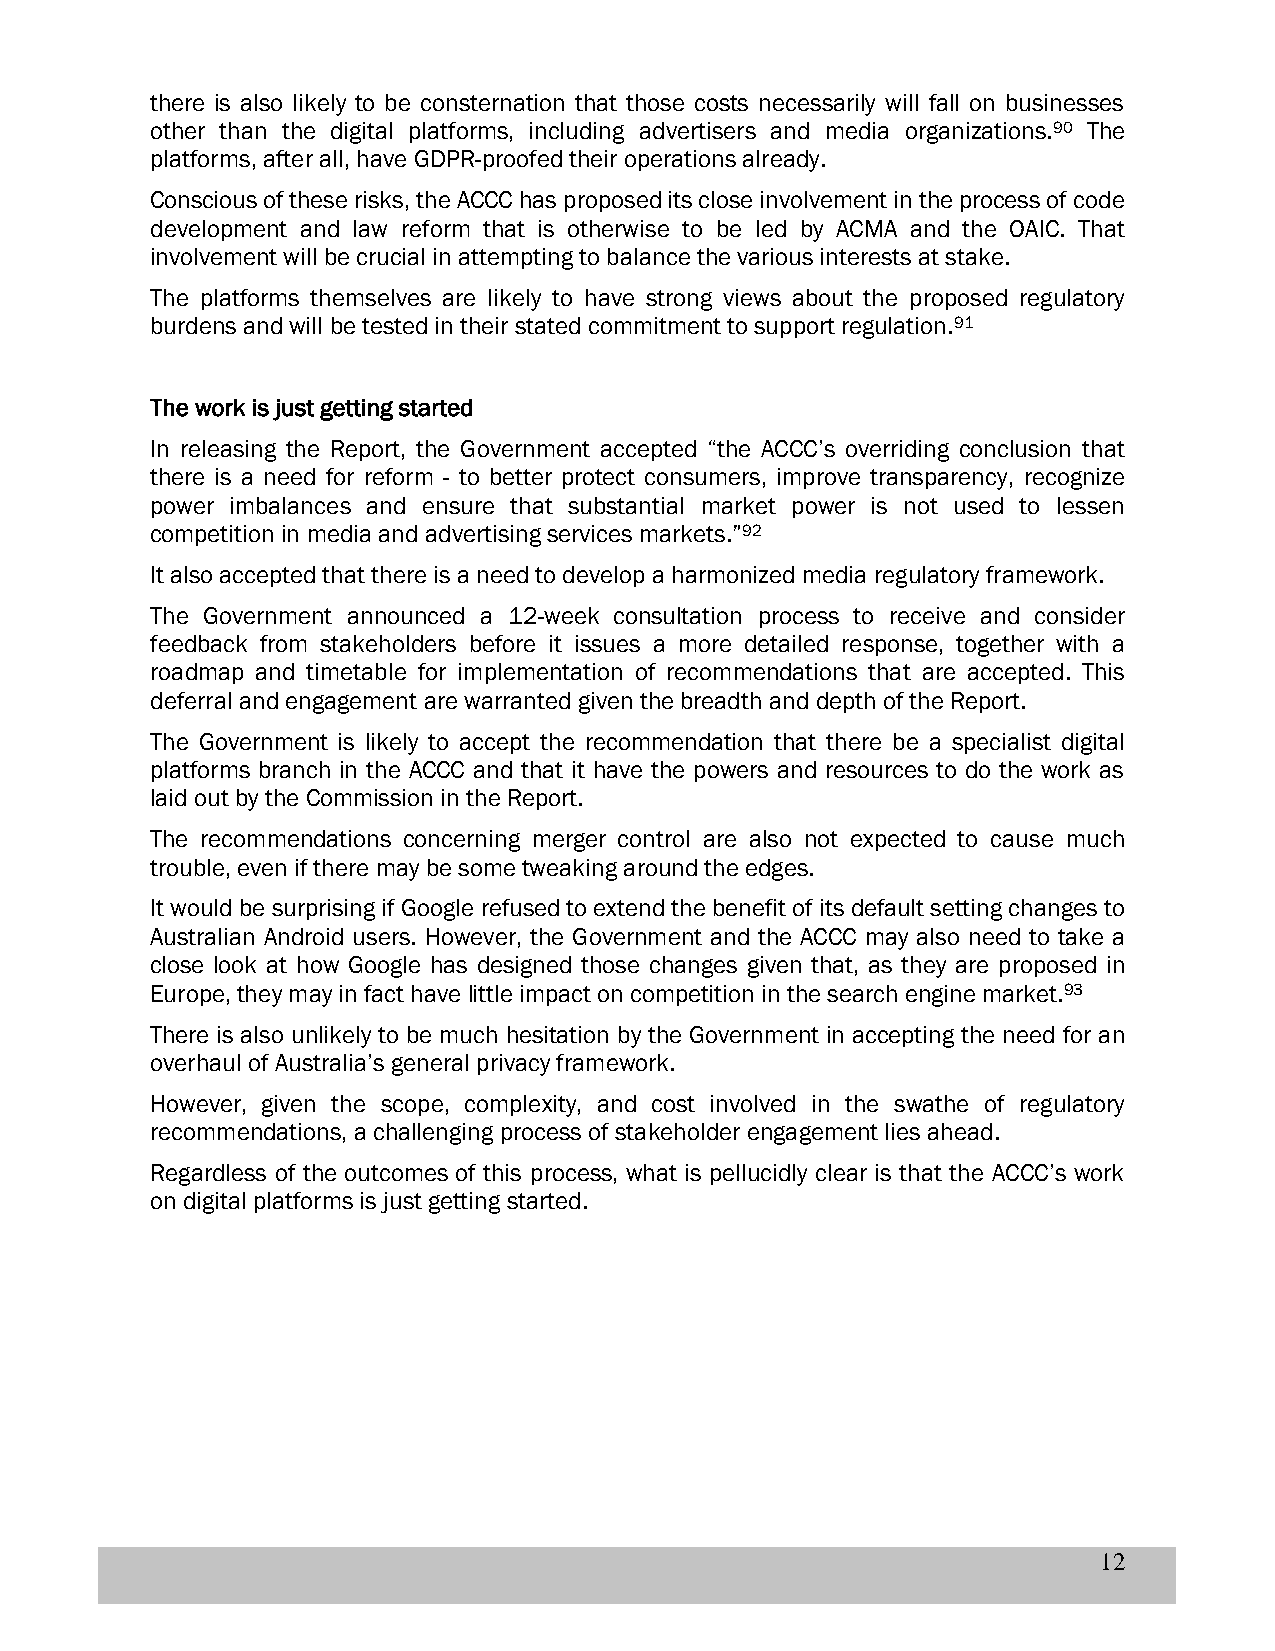
there is also likely to be consternation that those costs necessarily will fall on businesses
 other than the digital platforms, including advertisers and media organizations.90 The
 platforms, after all, have GDPR-proofed their operations already.
 Conscious of these risks, the ACCC has proposed its close involvement in the process of code
 development and law reform that is otherwise to be led by ACMA and the OAIC. That
 involvement will be crucial in attempting to balance the various interests at stake.
 The platforms themselves are likely to have strong views about the proposed regulatory
 burdens and will be tested in their stated commitment to support regulation.91
 The work is just getting started
 In releasing the Report, the Government accepted “the ACCC’s overriding conclusion that
 there is a need for reform - to better protect consumers, improve transparency, recognize
 power imbalances and ensure that substantial market power is not used to lessen
 competition in media and advertising services markets.”92
 It also accepted that there is a need to develop a harmonized media regulatory framework.
 The Government announced a 12-week consultation process to receive and consider
 feedback from stakeholders before it issues a more detailed response, together with a
 roadmap and timetable for implementation of recommendations that are accepted. This
 deferral and engagement are warranted given the breadth and depth of the Report.
 The Government is likely to accept the recommendation that there be a specialist digital
 platforms branch in the ACCC and that it have the powers and resources to do the work as
 laid out by the Commission in the Report.
 The recommendations concerning merger control are also not expected to cause much
 trouble, even if there may be some tweaking around the edges.
 It would be surprising if Google refused to extend the benefit of its default setting changes to
 Australian Android users. However, the Government and the ACCC may also need to take a
 close look at how Google has designed those changes given that, as they are proposed in
 Europe, they may in fact have little impact on competition in the search engine market.93
 There is also unlikely to be much hesitation by the Government in accepting the need for an
 overhaul of Australia’s general privacy framework.
 However, given the scope, complexity, and cost involved in the swathe of regulatory
 recommendations, a challenging process of stakeholder engagement lies ahead.
 Regardless of the outcomes of this process, what is pellucidly clear is that the ACCC’s work
 on digital platforms is just getting started.
 12